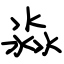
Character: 淼